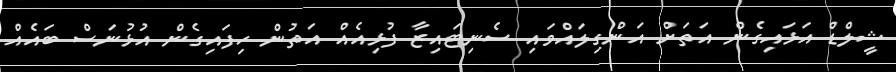
ޝީލްޑް އަޅައިގެން އަތަށް އަންގިލައްވައި ސެނިޓައިޒާ ފުޅިއެއް އަތުން ހިފައިގެން އުޅުނަސް ބައެއް